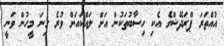
އުއްތަރަ ޕްރަދޭޝްގެ އެކި ހިސާބުތަކުން އަށް ލައްކައަށް ވުރެ ގިނަ މީހުން ވަނީ